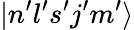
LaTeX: |n^{\prime}l^{\prime}s^{\prime}j^{\prime}m^{\prime}\rangle